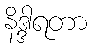
နိဒ္ဒါရတာ